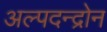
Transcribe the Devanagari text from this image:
अल्पदन्द्रोन